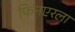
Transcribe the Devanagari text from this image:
फिनएरला